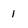
Character: 1